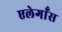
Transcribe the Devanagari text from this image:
एलेगाँस